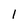
Character: l